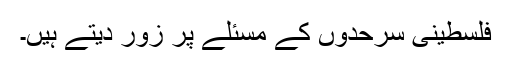
فلسطینی سرحدوں کے مسئلے پر زور دیتے ہیں۔